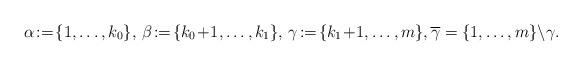
LaTeX: \begin{align*} \alpha\!:=\!\{1,\ldots,k_0\},\,\beta\!:=\!\{k_0\!+\!1,\ldots,k_1\},\, \gamma\!:=\!\{k_1\!+\!1,\ldots,m\},\overline{\gamma}=\{1,\ldots,m\}\backslash \gamma. \end{align*}